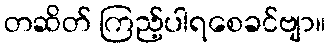
တဆိတ် ကြည့်ပါရစေခင်ဗျာ။